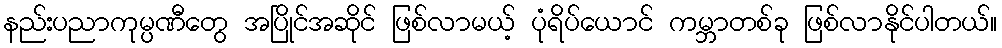
နည်းပညာကုမ္ပဏီတွေ အပြိုင်အဆိုင် ဖြစ်လာမယ့် ပုံရိပ်ယောင် ကမ္ဘာတစ်ခု ဖြစ်လာနိုင်ပါတယ်။